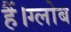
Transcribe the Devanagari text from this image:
हैं।ग्लोब